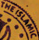
THE ISLAMIC